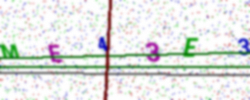
Text: ME43E3